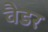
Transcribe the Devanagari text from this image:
वैडर